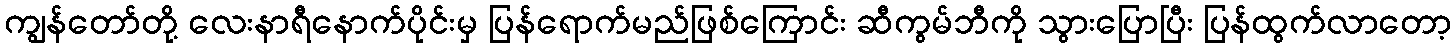
ကျွန်တော်တို့ လေးနာရီနောက်ပိုင်းမှ ပြန်ရောက်မည်ဖြစ်ကြောင်း ဆီကွမ်ဘီကို သွားပြောပြီး ပြန်ထွက်လာတော့